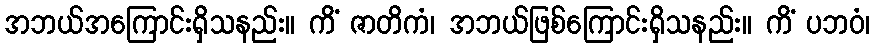
အဘယ်အကြောင်းရှိသနည်း။ ကိံ ဇာတိကံ၊ အဘယ်ဖြစ်ကြောင်းရှိသနည်း။ ကိံ ပဘဝံ၊